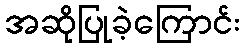
အဆိုပြုခဲ့ကြောင်း